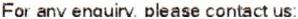
FOR ANY ENQUIRY, PLEASE CONTACT US;